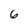
Character: 6